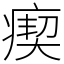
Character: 瘈